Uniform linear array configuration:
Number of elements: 64
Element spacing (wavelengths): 0.25
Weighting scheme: cosine
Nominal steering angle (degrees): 0
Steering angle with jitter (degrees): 0.5591
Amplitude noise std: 0.05
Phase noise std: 0.05

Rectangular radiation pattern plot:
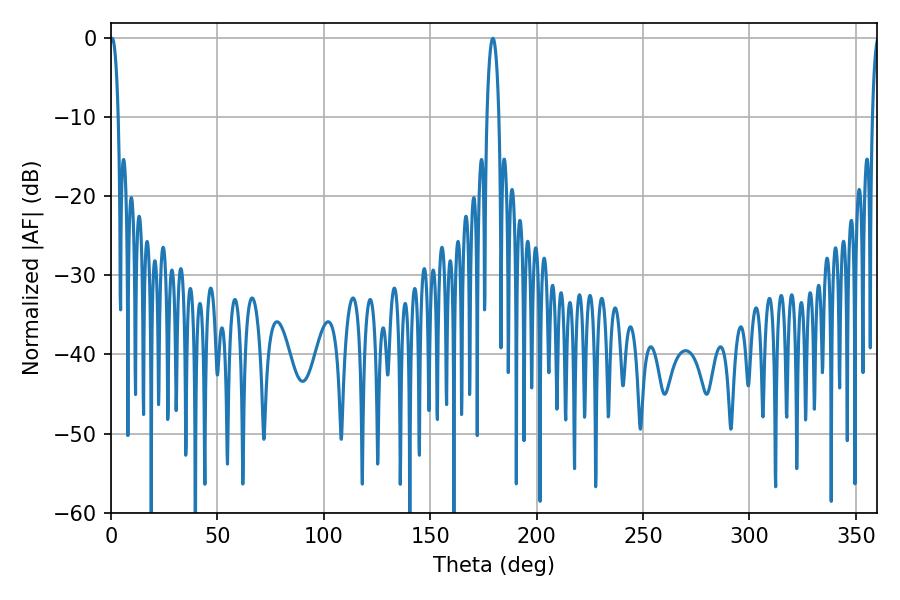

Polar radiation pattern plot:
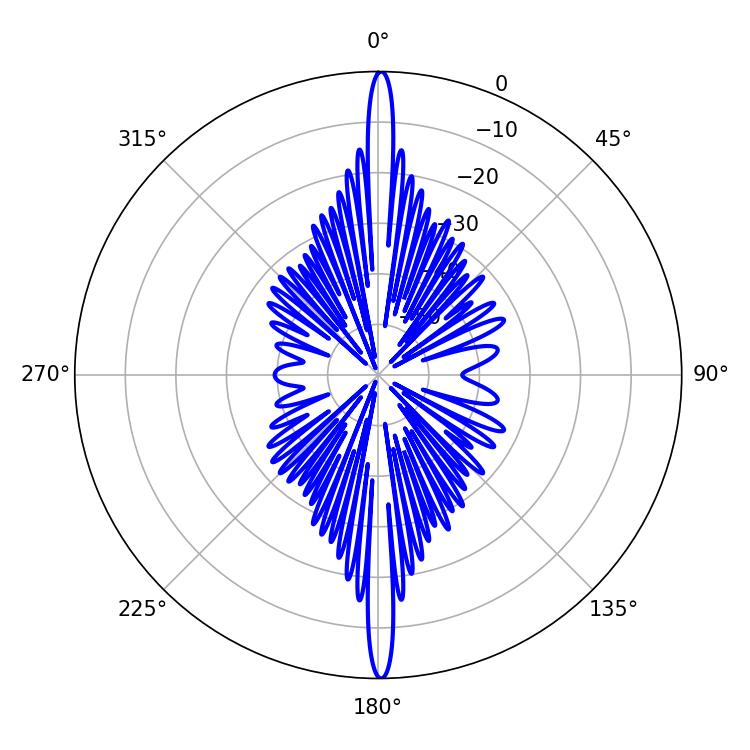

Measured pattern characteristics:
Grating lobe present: FALSE
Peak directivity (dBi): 31.717
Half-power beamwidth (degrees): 2.16
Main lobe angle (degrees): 0.54